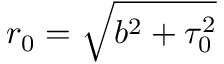
r _ { 0 } = \sqrt { b ^ { 2 } + \tau _ { 0 } ^ { 2 } }